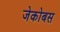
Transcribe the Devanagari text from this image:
जेकोबस